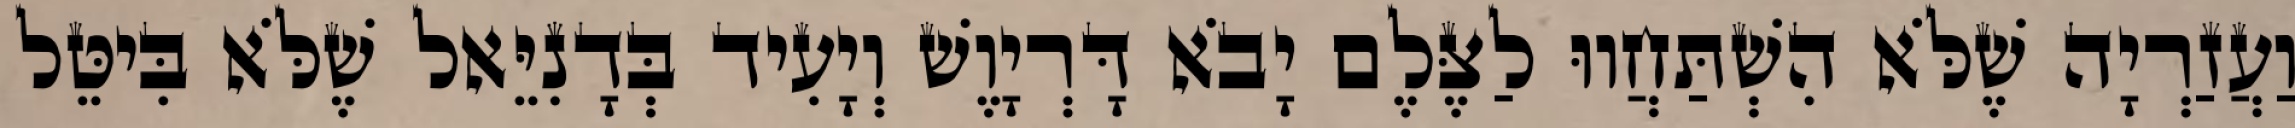
וַעֲזַרְיָה שֶׁלֹּא הִשְׁתַּחֲווּ לַצֶּלֶם יָבֹא דָּרְיָוֶשׁ וְיָעִיד בְּדָנִיֵּאל שֶׁלֹּא בִּיטֵּל